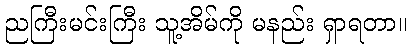
ညကြီးမင်းကြီး သူ့အိမ်ကို မနည်း ရှာရတာ။